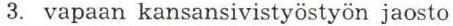
3. vapaan kansansivistyöstyön jaosto